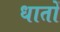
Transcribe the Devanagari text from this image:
धातों